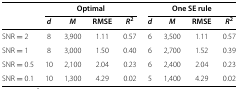
|  | <COLSPAN=4> Optimal | <COLSPAN=4> One SE rule |
 |  | d | M | RMSE | R2 | d | M | RMSE | R2 |
 | --- | --- | --- | --- | --- | --- | --- | --- | --- |
 | SNR = 2 | 8 | 3,900 | 1.11 | 0.57 | 6 | 3,500 | 1.11 | 0.57 |
 | SNR = 1 | 8 | 3,000 | 1.50 | 0.40 | 6 | 2,700 | 1.52 | 0.39 |
 | SNR = 0.5 | 10 | 2,100 | 2.04 | 0.23 | 6 | 2,400 | 2.04 | 0.23 |
 | SNR = 0.1 | 10 | 1,300 | 4.29 | 0.02 | 5 | 1,400 | 4.29 | 0.02 |